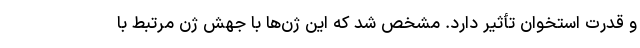
و قدرت استخوان تأثیر دارد. مشخص شد که این ژن‌ها با جهش ژن مرتبط با